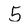
Character: 5